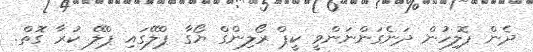
ދެން ޕޮލިހުން ދަނެގަންނަންވީ ކީޕް ރޯލިންގް ޔޯގާ ޕްލޭގައި ޕްލޭ ކުރާ ގޮތް.